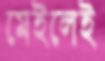
মেইলেই